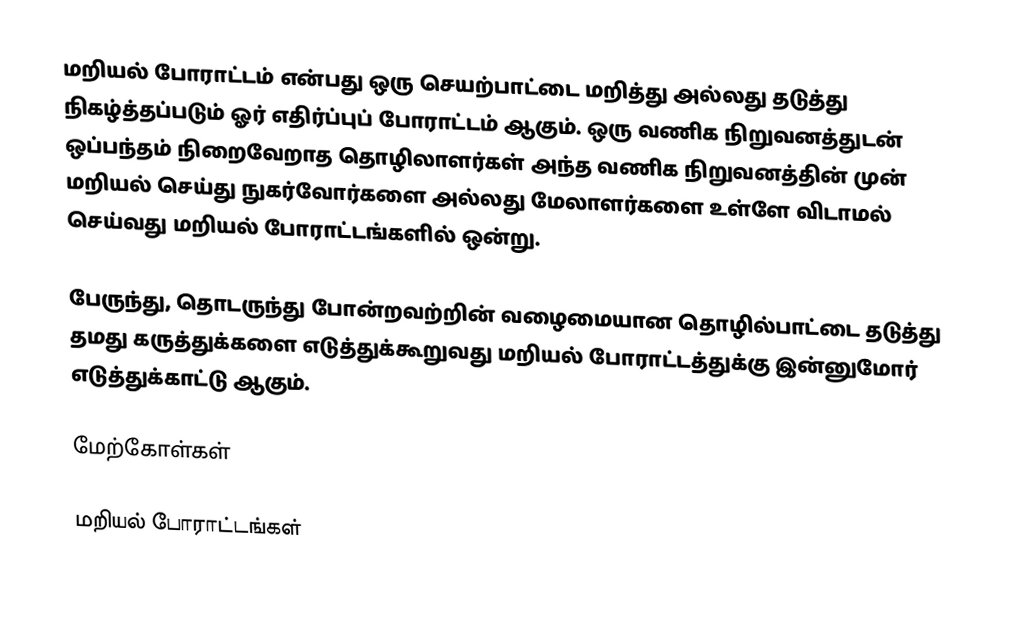
மறியல் போராட்டம் என்பது ஒரு செயற்பாட்டை மறித்து அல்லது தடுத்து நிகழ்த்தப்படும்  ஓர் எதிர்ப்புப் போராட்டம் ஆகும். ஒரு வணிக நிறுவனத்துடன் ஒப்பந்தம் நிறைவேறாத தொழிலாளர்கள் அந்த வணிக நிறுவனத்தின் முன் மறியல் செய்து நுகர்வோர்களை அல்லது மேலாளர்களை உள்ளே விடாமல் செய்வது மறியல் போராட்டங்களில் ஒன்று.

பேருந்து, தொடருந்து போன்றவற்றின் வழைமையான தொழில்பாட்டை தடுத்து தமது கருத்துக்களை எடுத்துக்கூறுவது மறியல் போராட்டத்துக்கு இன்னுமோர் எடுத்துக்காட்டு ஆகும்.

மேற்கோள்கள்

மறியல் போராட்டங்கள்